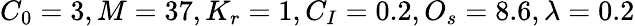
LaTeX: C_{0}=3,M=37,K_{r}=1,C_{I}=0.2,O_{s}=8.6,\lambda=0.2